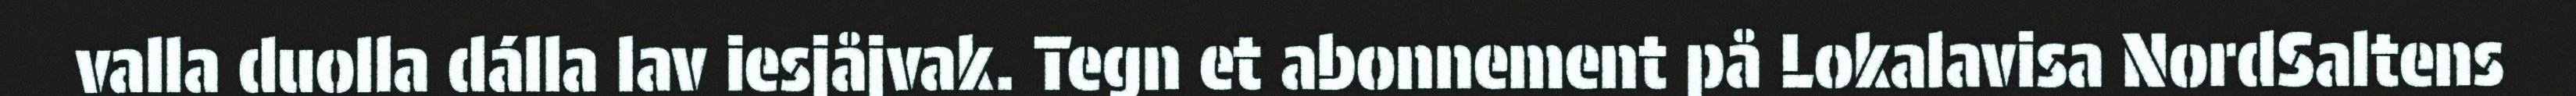
valla duolla dálla lav iesjåjvak. Tegn et abonnement på Lokalavisa NordSaltens